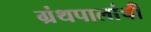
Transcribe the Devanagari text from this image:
ग्रंथपालांची